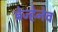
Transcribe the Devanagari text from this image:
ब्रेज्हेनेव